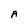
Character: A